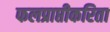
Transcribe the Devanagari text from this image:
फलप्राप्तीकरिता